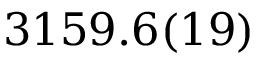
3 1 5 9 . 6 ( 1 9 )